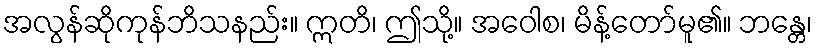
အလွန်ဆိုကုန်ဘိသနည်း။ ဣတိ၊ ဤသို့။ အဝေါစ၊ မိန့်တော်မူ၏။ ဘန္တေ၊